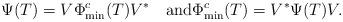
LaTeX: \begin{align*} \Psi(T)=V\Phi^c_{\min}(T)V^* \quad\mbox{and} \Phi^c_{\min}(T)=V^*\Psi(T)V. \end{align*}